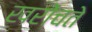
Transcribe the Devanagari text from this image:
खरोंचते